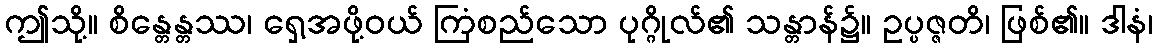
ဤသို့။ စိန္တေန္တဿ၊ ရှေ့အဖို့ဝယ် ကြံစည်သော ပုဂ္ဂိုလ်၏ သန္တာန်၌။ ဥပ္ပဇ္ဇတိ၊ ဖြစ်၏။ ဒါနံ၊